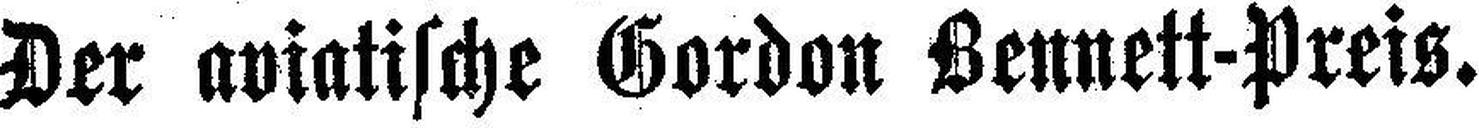
Der aviatische Gordon Bennett-Preis.